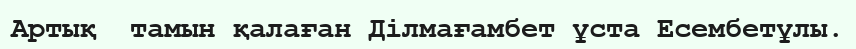
Артық  тамын қалаған Ділмағамбет ұста Есембетұлы.